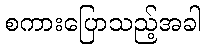
စကားပြောသည့်အခါ